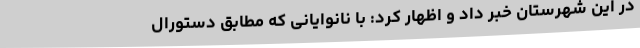
در این شهرستان خبر داد و اظهار کرد: با نانوایانی که مطابق دستورال